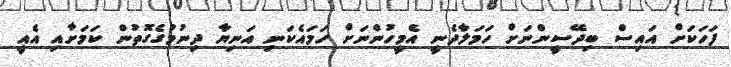
ފަހަކަށް އައިސް ބިދޭސީންނަށް ހަމަލާދެނީ އެމީހުންނަށް ހަމައެކަނި އަނިޔާ ދިނުމުގެގޮތުން ކަމަށާއި އެއީ